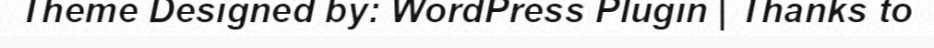
Theme Designed by: WordPress Plugin | Thanks to